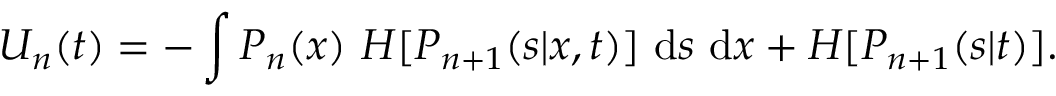
U _ { n } ( t ) = - \int P _ { n } ( x ) \ H [ P _ { n + 1 } ( s | x , t ) ] \ \mathrm { d } s \ \mathrm { d } x + H [ P _ { n + 1 } ( s | t ) ] .